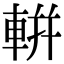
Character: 輧